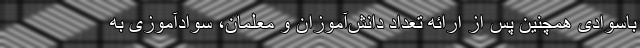
باسوادی همچنین پس از ارائه تعداد دانش‌آموزان و معلمان، سوادآموزی به